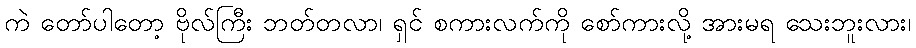
ကဲ တော်ပါတော့ ဗိုလ်ကြီး ဘတ်တလာ၊ ရှင် စကားလက်ကို စော်ကားလို့ အားမရ သေးဘူးလား၊